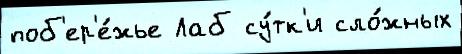
поб'ер'е́жье Лаб су́тк'и сло́жных